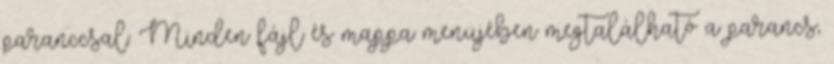
paranccsal. Minden fájl és mappa menüjében megtalálható a parancs,